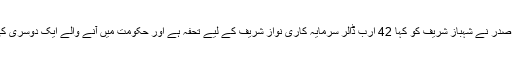
حمزہ شہباز کا کہنا تھا کہ چینی صدر نے شہباز شریف کو کہا 42 ارب ڈالر سرمایہ کاری نواز شریف کے لیے تحفہ ہے اور حکومت میں آنے والے ایک دوسری کی ٹانگیں کھینچتے رہ جائیں گے۔